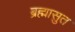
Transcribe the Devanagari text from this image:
ब्रह्मासुत